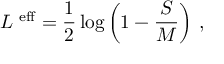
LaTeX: { \cal L } ^ { \mathrm { \scriptsize ~ e f f } } = \frac 1 2 \log \left( 1 - \frac S M \right) \, ,